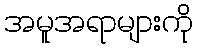
အမူအရာများကို